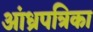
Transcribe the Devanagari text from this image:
आंध्रपत्रिका